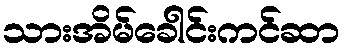
သားအိမ်ခေါင်းကင်ဆာ